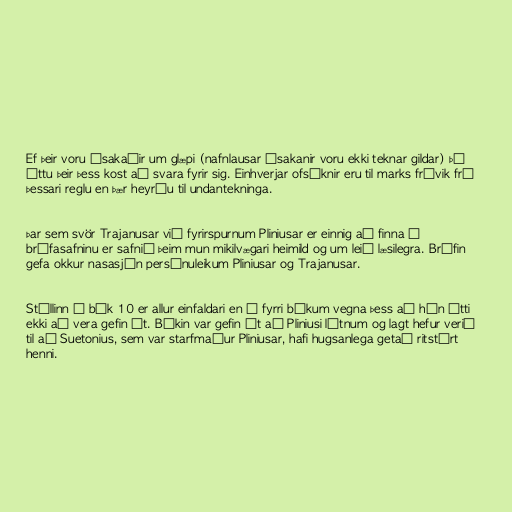
Ef þeir voru ásakaðir um glæpi (nafnlausar ásakanir voru ekki teknar gildar) þá
áttu þeir þess kost að svara fyrir sig. Einhverjar ofsóknir eru til marks frávik frá
þessari reglu en þær heyrðu til undantekninga.

Þar sem svör Trajanusar við fyrirspurnum Pliniusar er einnig að finna í
bréfasafninu er safnið þeim mun mikilvægari heimild og um leið læsilegra. Bréfin
gefa okkur nasasjón persónuleikum Pliniusar og Trajanusar.

Stíllinn í bók 10 er allur einfaldari en í fyrri bókum vegna þess að hún átti
ekki að vera gefin út. Bókin var gefin út að Pliniusi látnum og lagt hefur verið
til að Suetonius, sem var starfmaður Pliniusar, hafi hugsanlega getað ritstýrt
henni.